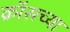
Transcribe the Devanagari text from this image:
क्रॉसच्या